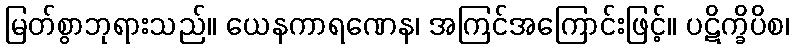
မြတ်စွာဘုရားသည်။ ယေနကာရဏေန၊ အကြင်အကြောင်းဖြင့်။ ပဋိက္ခိပိစ၊